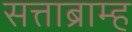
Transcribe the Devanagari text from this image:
सत्ताब्राम्ह